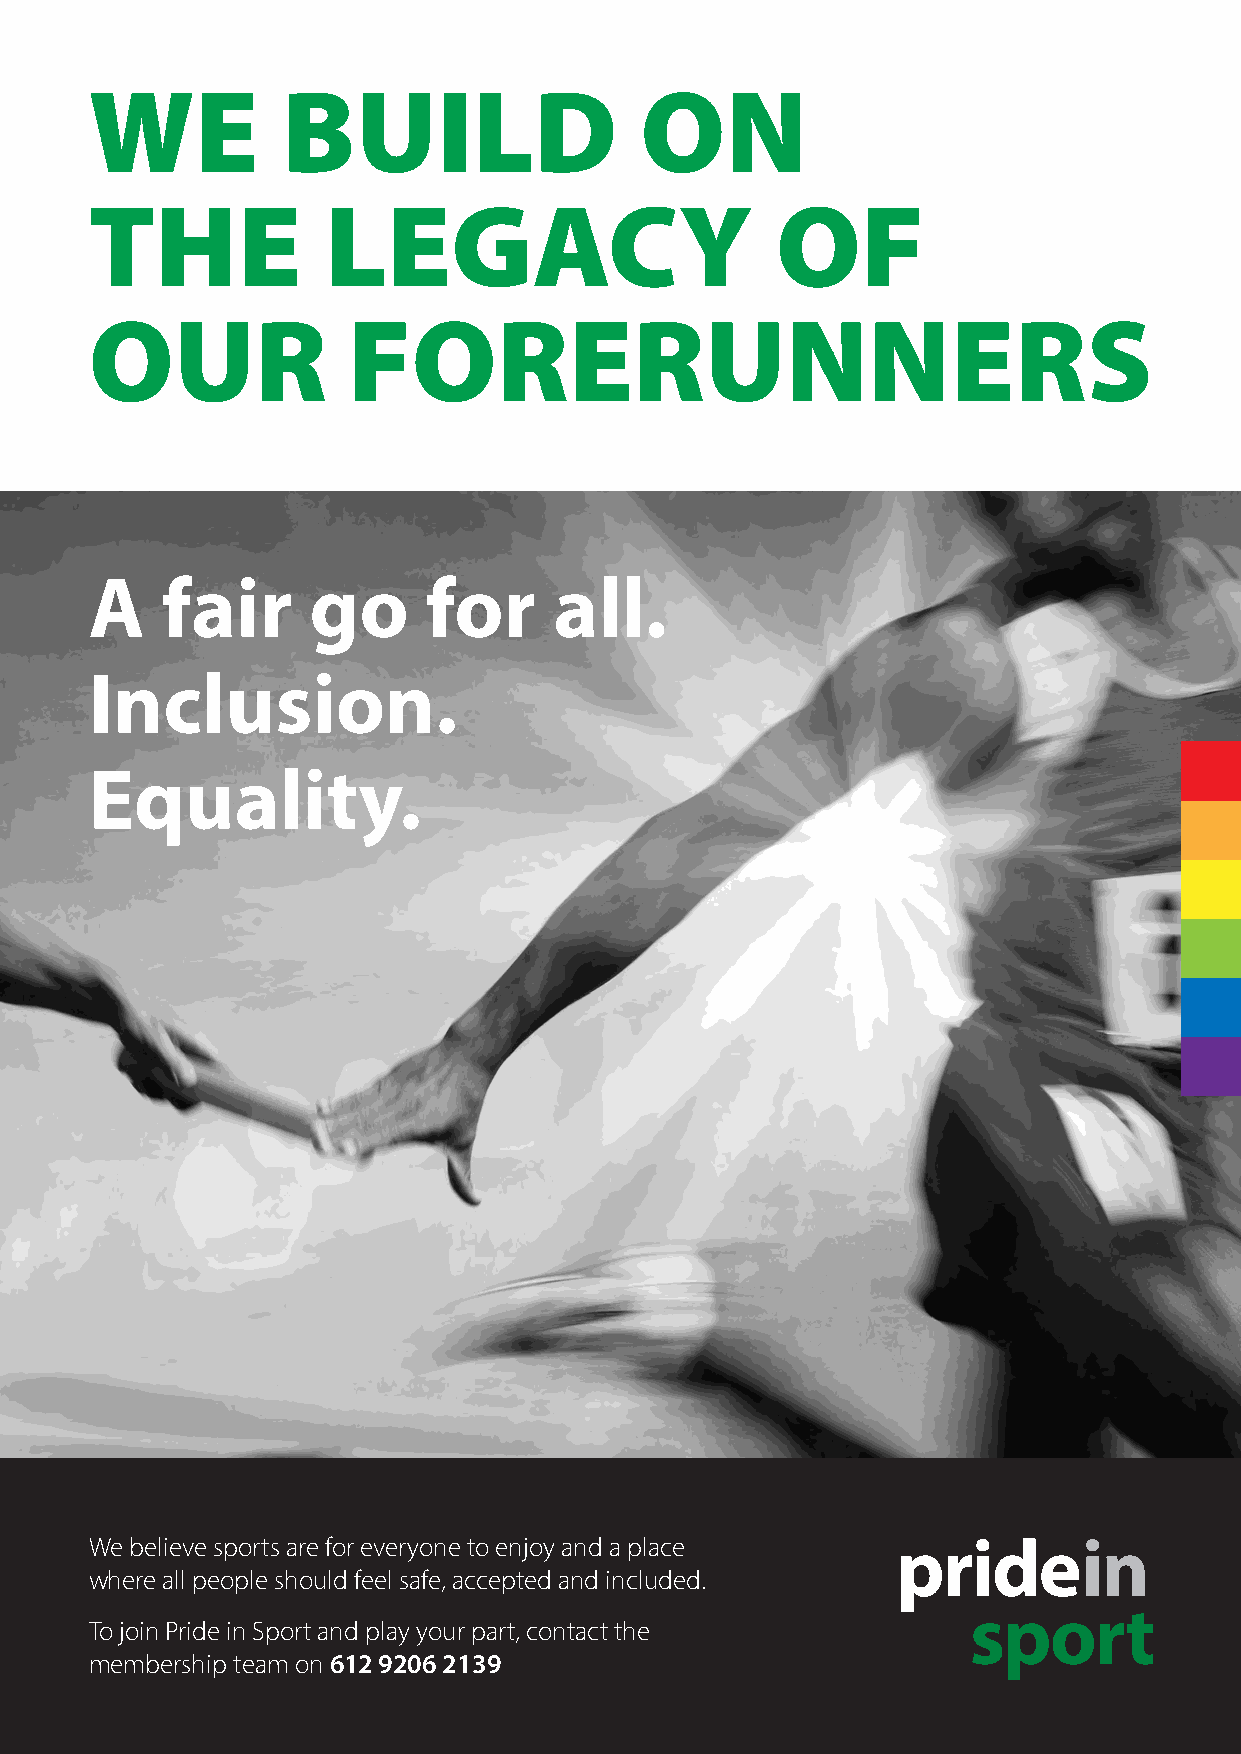
WE           BUILD                  ON
 THE             LEGACY                       OF
 OUR              FORERUNNERS
 A    fair     go      for      all.
 Inclusion.
 Equality.
 We believe sports are for everyone to enjoy and a place
 where all people should feel safe, accepted and included.
 To join Pride in Sport and play your part, contact the
 membership team on 612 9206 2139